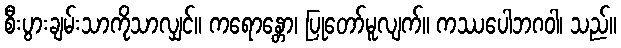
စီးပွားချမ်းသာကိုသာလျှင်။ ကရောန္တော၊ ပြုတော်မူလျက်။ ကဿပေါဘဂဝါ၊ သည်။